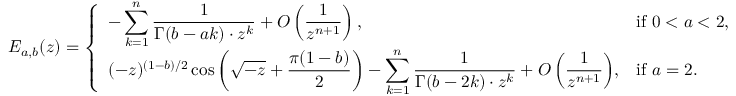
E _ { a , b } ( z ) = \left\{ \begin{array} { l l } { \displaystyle { - \sum _ { k = 1 } ^ { n } \frac { 1 } { \Gamma ( b - a k ) \cdot z ^ { k } } + O \left( \frac { 1 } { z ^ { n + 1 } } \right) , } } & { \mathrm { i f ~ } 0 < a < 2 , } \\ { \displaystyle { ( - z ) ^ { ( 1 - b ) / 2 } \cos \left( \sqrt { - z } + \frac { \pi ( 1 - b ) } { 2 } \right) - \sum _ { k = 1 } ^ { n } \frac { 1 } { \Gamma ( b - 2 k ) \cdot z ^ { k } } + O \left( \frac { 1 } { z ^ { n + 1 } } \right) } , } & { \mathrm { i f ~ } a = 2 . } \end{array} \right.